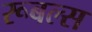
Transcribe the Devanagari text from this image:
रूबल्स